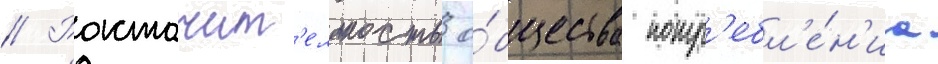
// Расточит'ельность о́бщества потр'ебл'е́н'иа